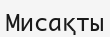
Мисақты